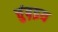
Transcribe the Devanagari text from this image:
चुंब़इय